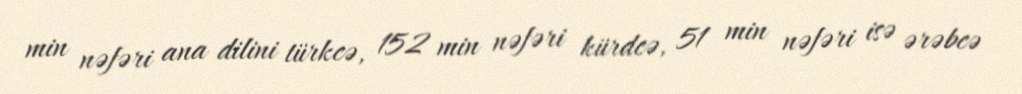
min nəfəri ana dilini türkcə, 152 min nəfəri kürdcə, 51 min nəfəri isə ərəbcə